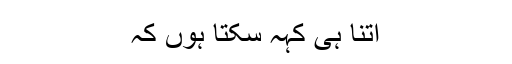
اتنا ہی کہہ سکتا ہوں کہ